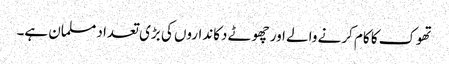
تھوک کا کام کرنے والے اور چھوٹے دکانداروں کی بڑی تعداد مسلمان ہے۔